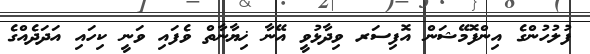
ފުލުހުންގެ އިންފޮމޭޝަން އޮފިސަރ ވިދާޅުވީ އޭނާ ޚިޔާނާތް ވެފައި ވަނީ ކިހައި އަދަދެއްގެ